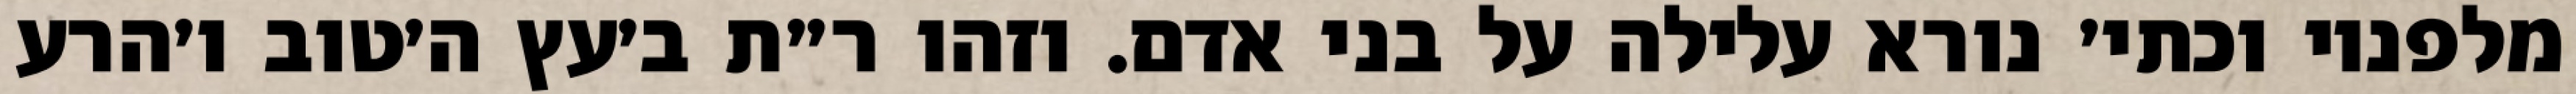
מלפניו וכתי׳ נורא עלילה על בני אדם. וזהו ר״ת ב׳עץ ה׳טוב ו׳הרע